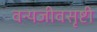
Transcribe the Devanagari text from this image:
वन्यजीवसृष्टी